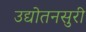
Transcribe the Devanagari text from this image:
उद्योतनसुरी